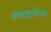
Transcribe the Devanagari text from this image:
डोलाइओलम